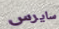
سايرس